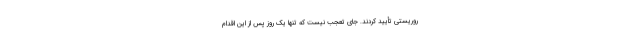
روریستی تأیید کردند. جای تعجب نیست که تنها یک روز پس از این اقدام